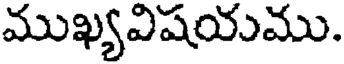
ముఖ్యవిషయము.